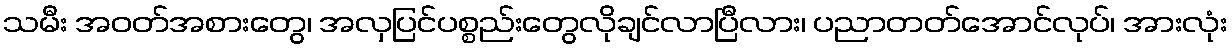
သမီး အဝတ်အစားတွေ၊ အလှပြင်ပစ္စည်းတွေလိုချင်လာပြီလား၊ ပညာတတ်အောင်လုပ်၊ အားလုံး